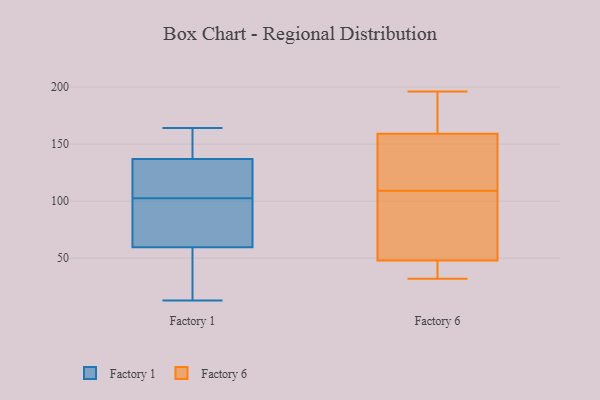
{"axis": {"x": "Operating Costs (USD K)", "y": "Value"}, "legend": ["Factory 1", "Factory 6"], "data": [{"x": "", "y": 59, "type": "Factory 1"}, {"x": "", "y": 162, "type": "Factory 1"}, {"x": "", "y": 95, "type": "Factory 1"}, {"x": "", "y": 122, "type": "Factory 1"}, {"x": "", "y": 143, "type": "Factory 1"}, {"x": "", "y": 164, "type": "Factory 1"}, {"x": "", "y": 158, "type": "Factory 1"}, {"x": "", "y": 131, "type": "Factory 1"}, {"x": "", "y": 53, "type": "Factory 1"}, {"x": "", "y": 13, "type": "Factory 1"}, {"x": "", "y": 128, "type": "Factory 1"}, {"x": "", "y": 24, "type": "Factory 1"}, {"x": "", "y": 42, "type": "Factory 1"}, {"x": "", "y": 110, "type": "Factory 1"}, {"x": "", "y": 69, "type": "Factory 1"}, {"x": "", "y": 94, "type": "Factory 1"}, {"x": "", "y": 60, "type": "Factory 1"}, {"x": "", "y": 84, "type": "Factory 1"}, {"x": "", "y": 152, "type": "Factory 1"}, {"x": "", "y": 124, "type": "Factory 1"}, {"x": "", "y": 45, "type": "Factory 6"}, {"x": "", "y": 195, "type": "Factory 6"}, {"x": "", "y": 140, "type": "Factory 6"}, {"x": "", "y": 183, "type": "Factory 6"}, {"x": "", "y": 196, "type": "Factory 6"}, {"x": "", "y": 159, "type": "Factory 6"}, {"x": "", "y": 106, "type": "Factory 6"}, {"x": "", "y": 32, "type": "Factory 6"}, {"x": "", "y": 126, "type": "Factory 6"}, {"x": "", "y": 35, "type": "Factory 6"}, {"x": "", "y": 112, "type": "Factory 6"}, {"x": "", "y": 105, "type": "Factory 6"}, {"x": "", "y": 60, "type": "Factory 6"}, {"x": "", "y": 48, "type": "Factory 6"}]}